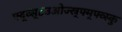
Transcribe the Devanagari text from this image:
फ्द्व्स्८उओज्स्र्फ्म्फ्व्स्कु